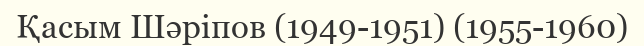
Қасым Шәріпов (1949-1951) (1955-1960)